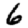
Digit: 6